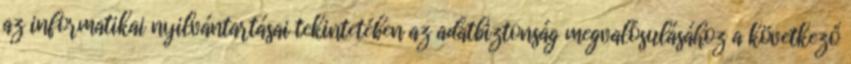
az informatikai nyilvántartásai tekintetében az adatbiztonság megvalósulásához a következő